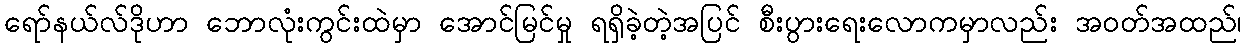
ရော်နယ်လ်ဒိုဟာ ဘောလုံးကွင်းထဲမှာ အောင်မြင်မှု ရရှိခဲ့တဲ့အပြင် စီးပွားရေးလောကမှာလည်း အဝတ်အထည်၊